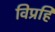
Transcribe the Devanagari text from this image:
विप्रहिं